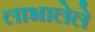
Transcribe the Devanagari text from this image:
लाभालेले